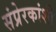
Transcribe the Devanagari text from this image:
संप्रेरकांशी